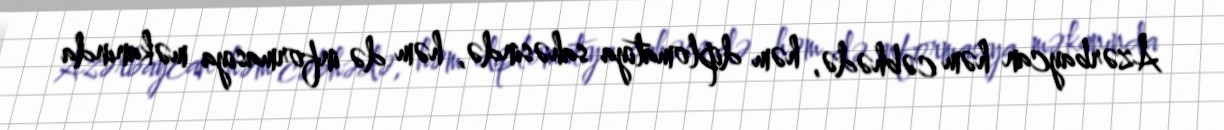
Azərbaycan həm cəbhədə, həm diplomatiya sahəsində, həm də informasiya məkanında